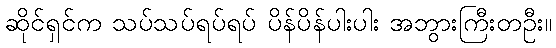
ဆိုင်ရှင်က သပ်သပ်ရပ်ရပ် ပိန်ပိန်ပါးပါး အဘွားကြီးတဦး။